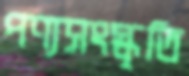
পণ্যসংস্কৃতি